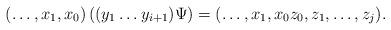
LaTeX: \begin{align*} (\ldots, x_1, x_0) \left( (y_1 \ldots y_{i + 1})\Psi \right) = (\ldots, x_1, x_0z_0, z_1, \ldots, z_j). \end{align*}